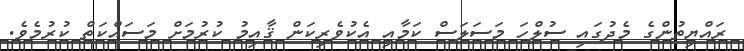
ރައްޔިތުންގެ މެދުގައި ސުލްހަ މަސަލަސް ކަމާއި އެކުވެރިކަން ޤާއިމު ކުރުމަށް މަސައްކަތް ކުރުމެވެ.